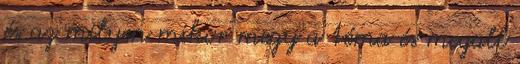
és az milyen mikor megy a téma és megall